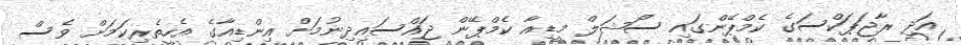
އަދި ރާޖަޕަކްސަގެ ކެމްޕޭންގައި ސޯޝަލް މީޑިއާ ކެމްޕޭން ޖައްސައިދިނުމަށް އިންޑިއާގެ އެހީތެރިކަމަށް ވެސް